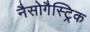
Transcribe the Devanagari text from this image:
नैसोगैस्ट्रिक